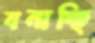
বনাচ্ছি